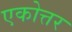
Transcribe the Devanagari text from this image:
एकोत्तर